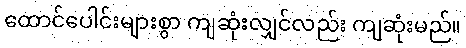
ထောင်ပေါင်းများစွာ ကျဆုံးလျှင်လည်း ကျဆုံးမည်။